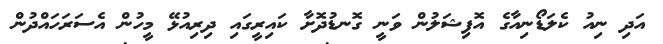
އަދި ނިއު ކެލަޑޯނިއާގެ އޮފިޝަލުން ވަނީ ގޮނޑުދޮށާ ކައިރީގައި ދިރިއުޅޭ މީހުން އެސަރަހައްދުން